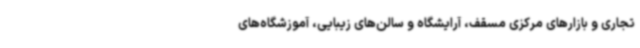
تجاری و بازارهای مرکزی مسقف، آرایشگاه و سالن‌های زیبایی، آموزشگاه‌های